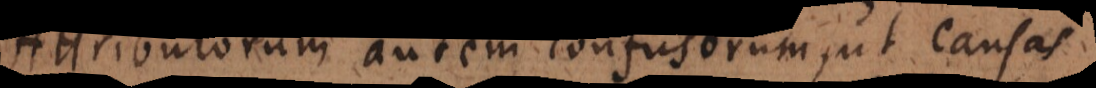
Attributorum autem confusorum, ut resolu